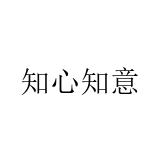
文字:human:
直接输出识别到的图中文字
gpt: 知心知意